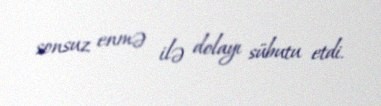
sonsuz enmə ilə dolayı sübutu etdi.